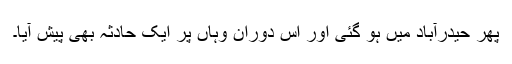
پھر حیدرآباد میں ہو گئی اور اس دوران وہاں پر ایک حادثہ بھی پیش آیا۔